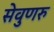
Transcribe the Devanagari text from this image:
सेवुणरु